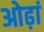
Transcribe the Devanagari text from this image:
ओढ़ां